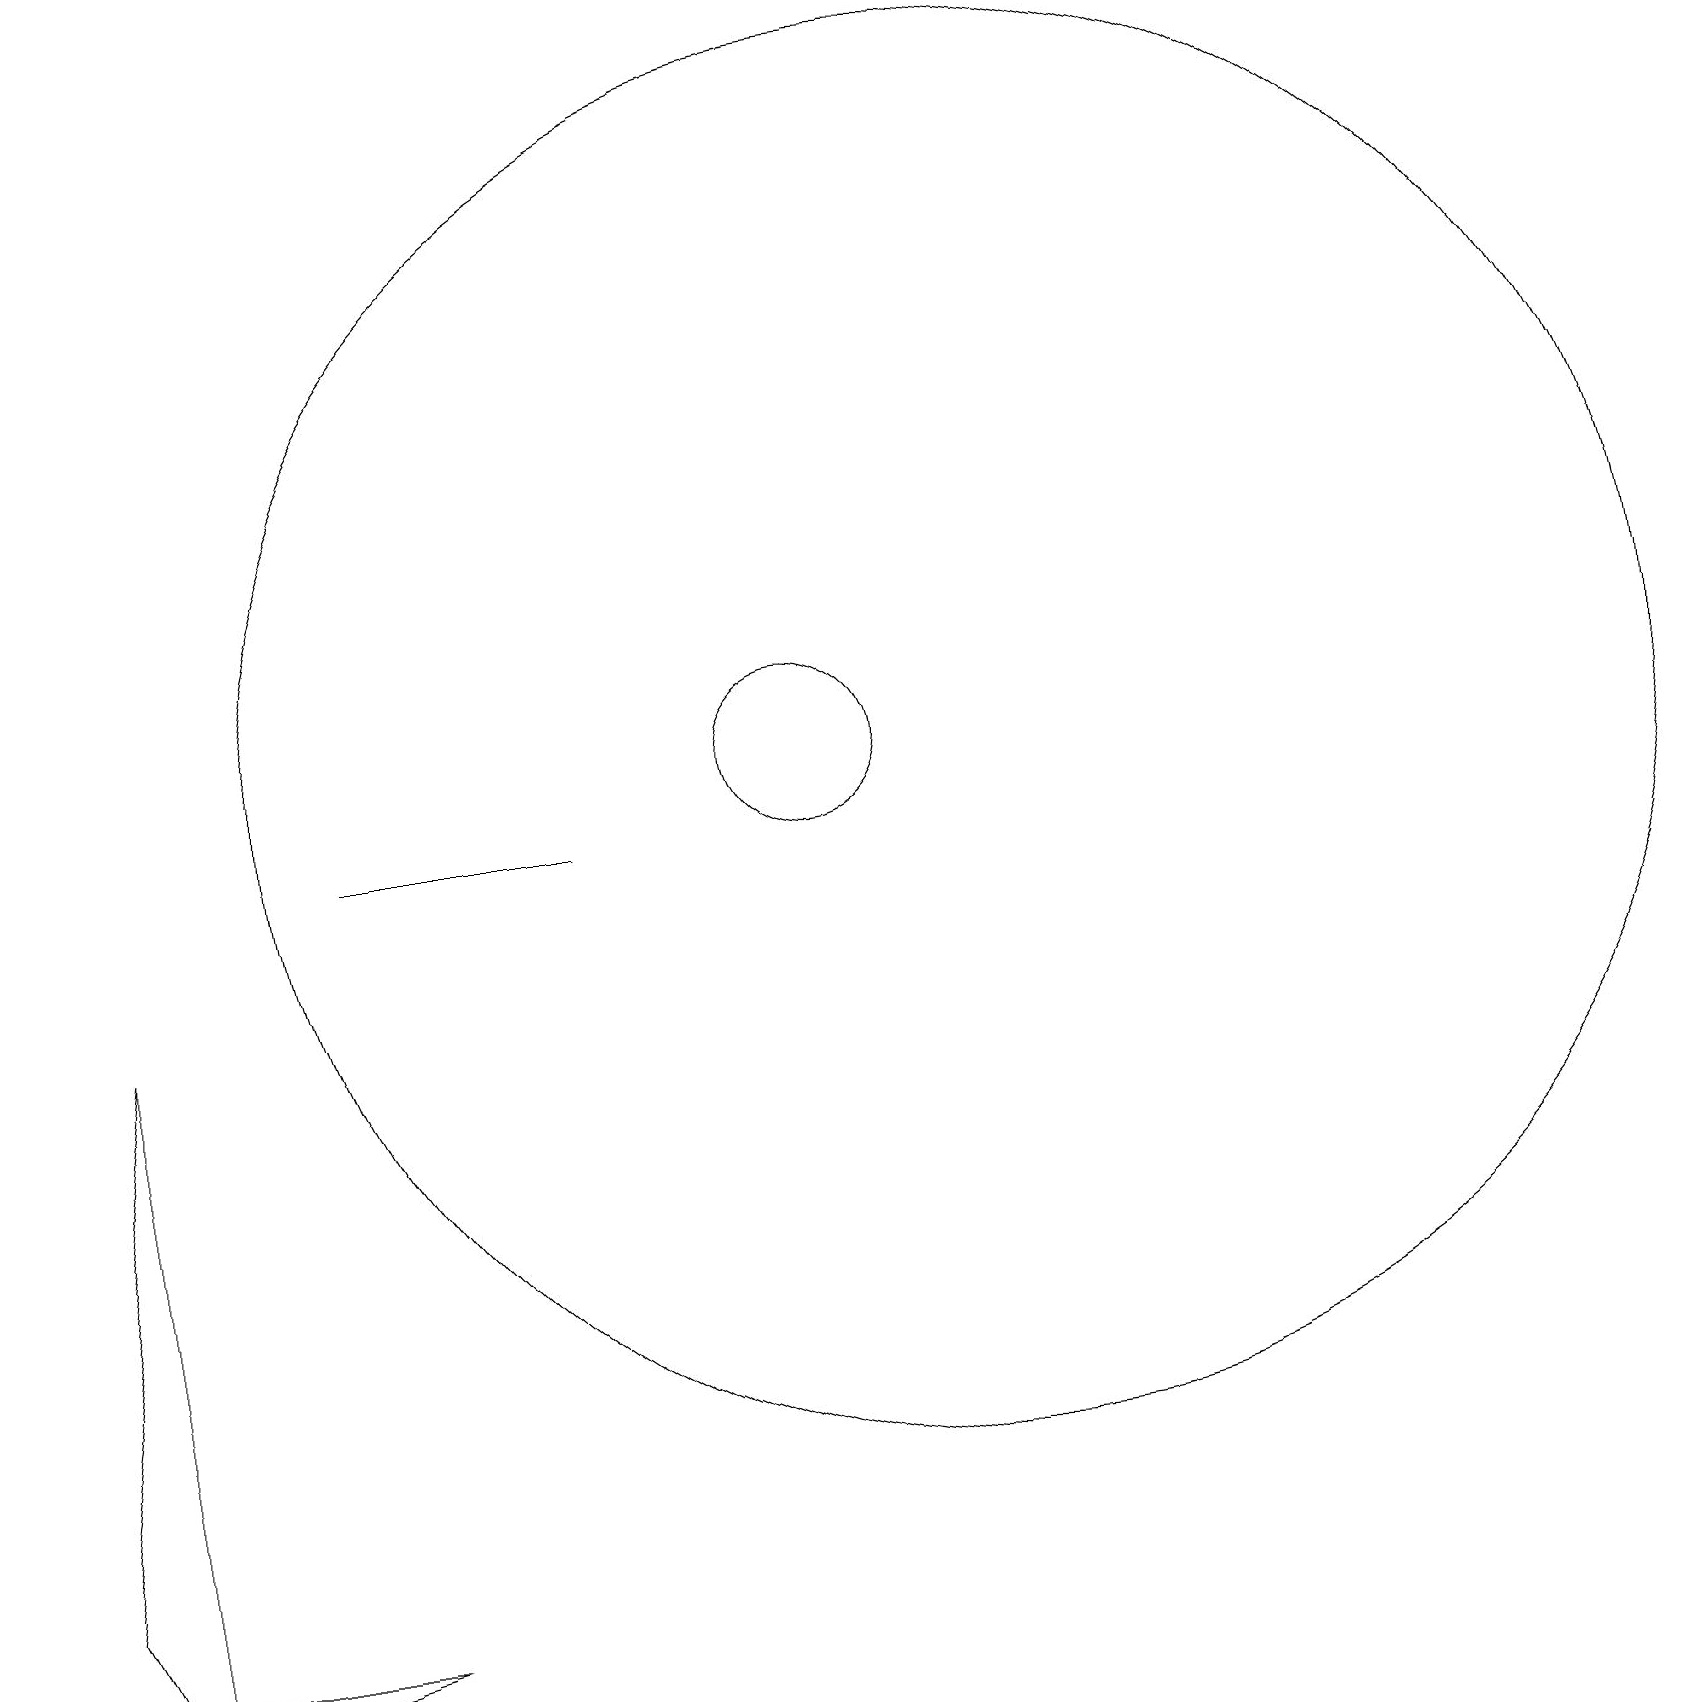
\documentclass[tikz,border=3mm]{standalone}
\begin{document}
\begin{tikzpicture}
\draw (12,12) circle (9);
\draw (1,0) -- (1,9) -- (0,2) -- cycle;
\draw (10,12) circle (1);
\draw (4,1) -- (0,0) -- (1,1) -- cycle;
\draw (4,11) rectangle (7,11);
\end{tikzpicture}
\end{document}